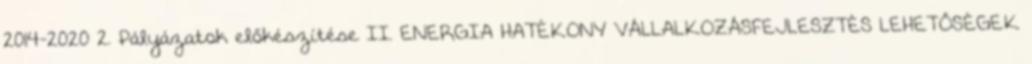
2014-2020 2. Pályázatok előkészítése II. ENERGIA HATÉKONY VÁLLALKOZÁSFEJLESZTÉS LEHETŐSÉGEK